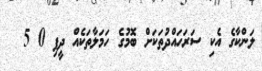
ލަންކާގެ އެކި ސަރަހައްދުތަކަށް ބޮމުގެ ހަމަލާތަކެއް ދީފި 0 5